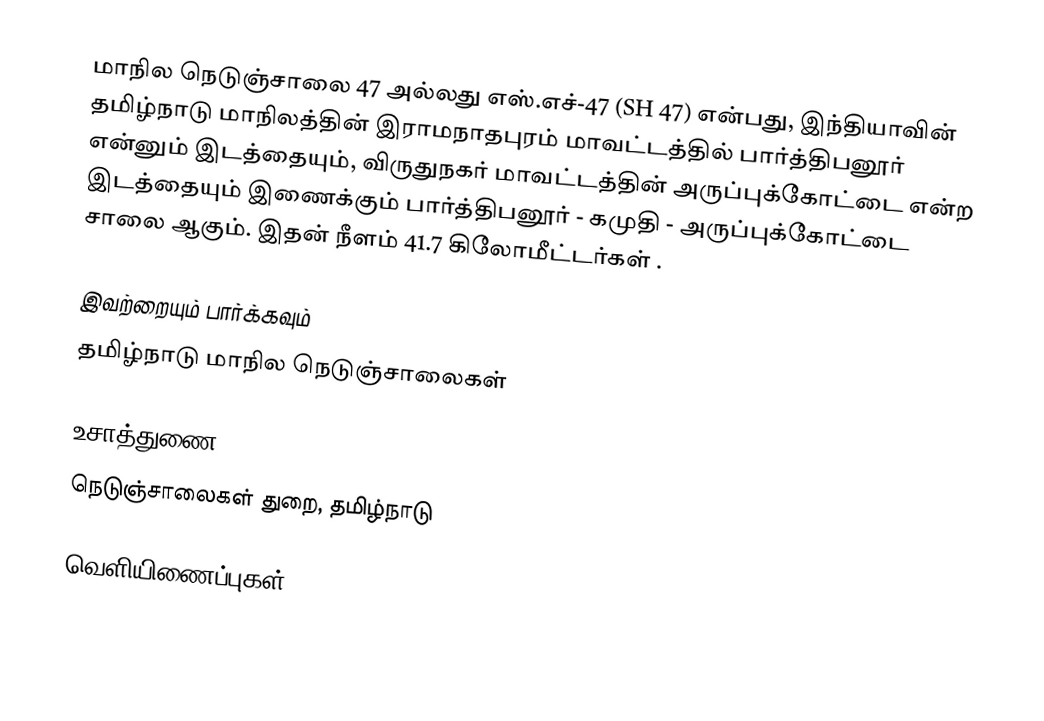
மாநில நெடுஞ்சாலை 47 அல்லது எஸ்.எச்-47 (SH 47) என்பது, இந்தியாவின் தமிழ்நாடு மாநிலத்தின் இராமநாதபுரம் மாவட்டத்தில் பார்த்திபனூர் என்னும் இடத்தையும், விருதுநகர் மாவட்டத்தின் அருப்புக்கோட்டை என்ற இடத்தையும் இணைக்கும் பார்த்திபனூர் - கமுதி - அருப்புக்கோட்டை சாலை ஆகும். இதன் நீளம் 41.7  கிலோமீட்டர்கள் .

இவற்றையும் பார்க்கவும்
 தமிழ்நாடு மாநில நெடுஞ்சாலைகள்

உசாத்துணை
 நெடுஞ்சாலைகள் துறை, தமிழ்நாடு

வெளியிணைப்புகள்